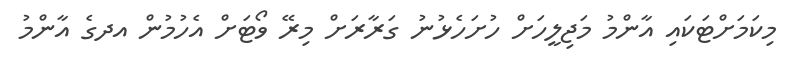
މިކަމަށްޓަކައި އާންމު މަޖިލީހަށް ހުށަހެޅުނު ގަރާރަށް މިރޭ ވޯޓަށް އެހުމުން އދގެ އާންމު